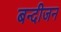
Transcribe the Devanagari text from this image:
बन्दीजन